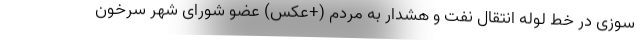
سوزی در خط لوله انتقال نفت و هشدار به مردم (+عکس) عضو شورای شهر سرخون